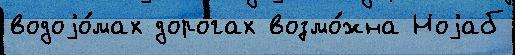
водоjо́мах доро́гах возмо́жна Ноjаб